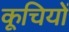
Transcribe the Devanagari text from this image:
कूचियों